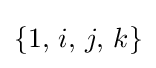
\{1,\,i,\,j,\,k\}